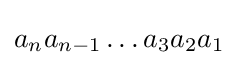
a_{n}a_{n-1}\dots a_{3}a_{2}a_{1}